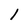
Character: 1